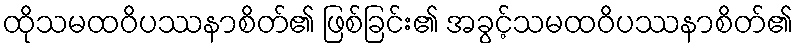
ထိုသမထဝိပဿနာစိတ်၏ ဖြစ်ခြင်း၏ အခွင့်သမထဝိပဿနာစိတ်၏